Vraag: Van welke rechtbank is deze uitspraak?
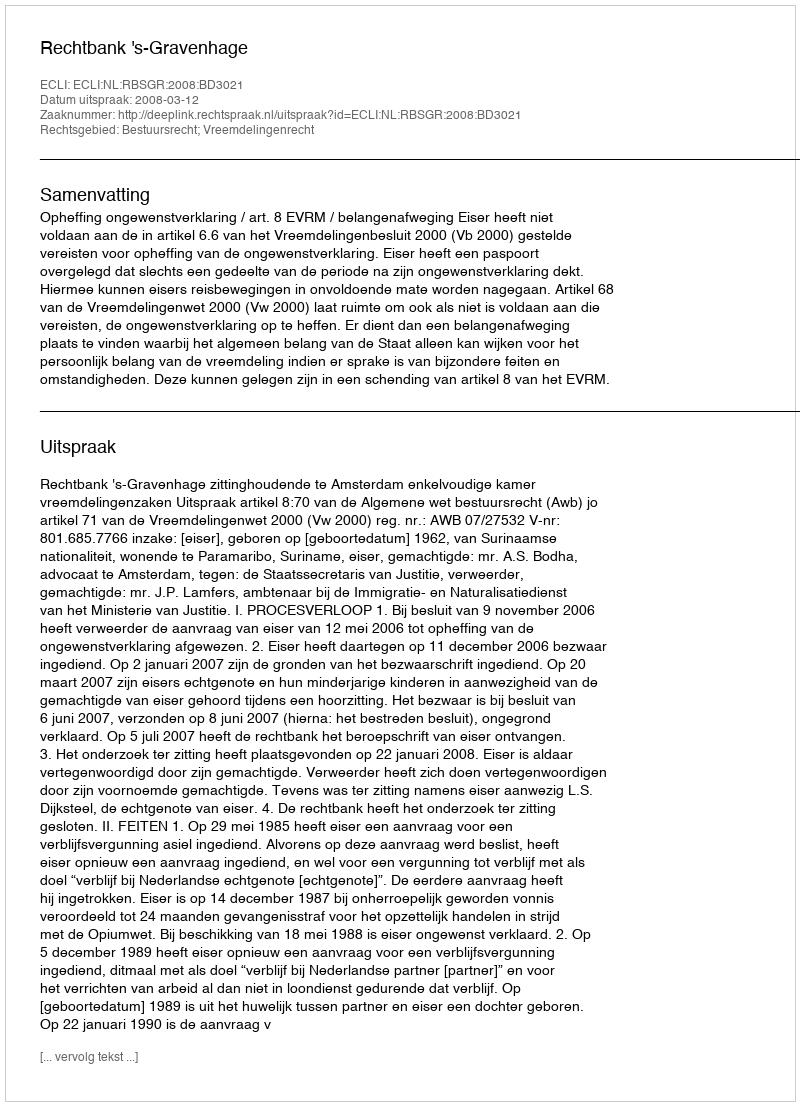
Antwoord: Rechtbank 's-Gravenhage